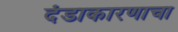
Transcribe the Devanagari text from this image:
दंडाकारणाचा